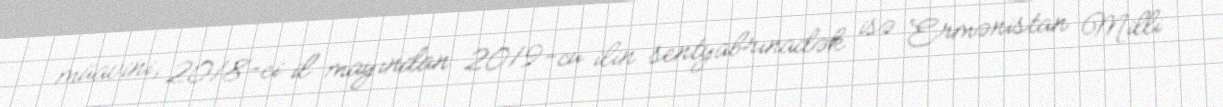
müavini, 2018-ci il mayından 2019-cu ilin sentyabrınadək isə Ermənistan Milli